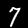
Label: 7